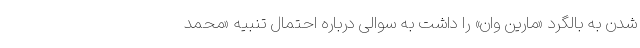
شدن به بالگرد «مارین وان» را داشت به سوالی درباره احتمال تنبیه «محمد